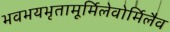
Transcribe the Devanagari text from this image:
भवभयभृतामूर्मिलेवोर्मिलैव